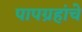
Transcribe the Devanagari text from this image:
पापग्रहांचे